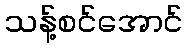
သန့်စင်အောင်